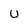
Character: U